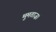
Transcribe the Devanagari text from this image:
मुमताज़।